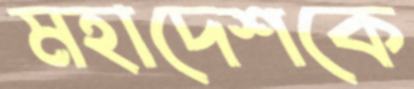
মহাদেশকে